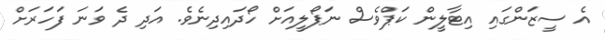
އެ ސީޒަންގައި އިޓާލީން ކަޕްވެސް ނަޕޯލީއަށް ހޯދައިދިނެވެ. އަދި ދެ ވަނަ ފަހަރަށް